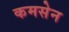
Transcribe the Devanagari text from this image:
कमसेन